Report on the nature of kala-azar
Disease focus: Kala-Azar
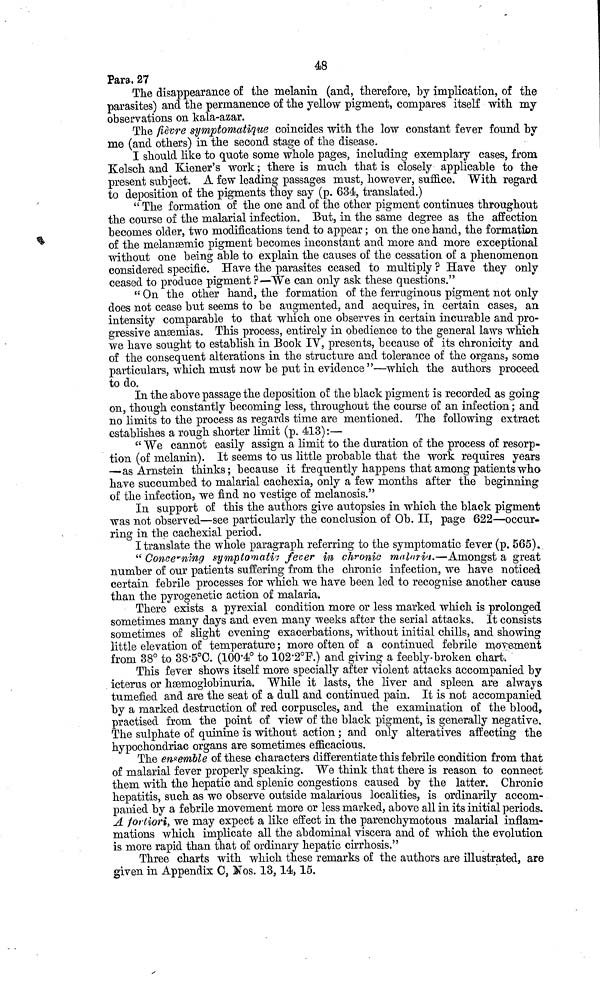
48
Para. 27
The disappearance of the melanin (and, therefore, by implication, of the
parasites) and the permanence of the yellow pigment, compares itself with my
observations on kala-azar.
The fièvre symptomatique coincides with the low constant fever found by
me (and others) in the second stage of the disease.
I should like to quote some whole pages, including exemplary cases, from
Kelsch and Kiener's work ; there is much that is closely applicable to the
present subject. A few leading passages must, however, suffice. With regard
to deposition of the pigments they say (p. 634, translated.)
" The formation of the one and of the other pigment continues throughout
the course of the malarial infection. But, in the same degree as the affection
becomes older, two modifications tend to appear ; 011 the one hand, the formation
of the melanæmic pigment becomes inconstant and more and more exceptional
without one being able to explain the causes of the cessation of a phenomenon
considered specific. Have the parasites ceased to multiply ? Have they only
ceased to produce pigment ?—We can only ask these questions."
"On the other hand, the formation of the ferruginous pigment not only
does not cease but seems to be augmented, and acquires, in certain cases, an
intensity comparable to that which one observes in certain incurable and pro-
gressive anæmias. This process, entirely in obedience to the general laws which
we have sought to establish in Book IV, presents, because of its chronicity and
of the consequent alterations in the structure and tolerance of the organs, some
particulars, which must now be put in evidence "—which the authors proceed
to do.
In the above passage the deposition of the black pigment is recorded as going
on, though constantly becoming less, throughout the course of an infection ; and
no limits to the process as regards time are mentioned. The following extract
establishes a rough shorter limit (p. 413):—
"We cannot easily assign a limit to the duration of the process of résorp-
tion (of melanin). It seems to us little probable that the work requires years
—as Arnstein thinks ; because it frequently happens that among patients who
have succumbed to malarial cachexia, only a few months after the beginning
of the infection, we find no vestige of melanosis."
In support of this the authors give autopsies in which the black pigment
was not observed—see particularly the conclusion of Ob. II, page 622—occur-
ring in the cachexial period.
I translate the whole paragraph referring to the symptomatic fever (p. 565).
"Concerning symptomatic fever in chronic malnr\ill\.—Amongst a great
number of our patients suffering from the chronic infection, we have noticed
certain febrile processes for which we have been led to recognise another cause
than the pyrogenetic action of malaria.
There exists a pyrexial condition more or less marked which is prolonged
sometimes many days and even many weeks after the serial attacks. It consists
sometimes of slight evening exacerbations, without initial chills, and showing
little elevation of temperature ; more often of a continued febrile movement
from 38° to 38.5°C. (100.4° to 102.2°F.) and giving a feebly-broken chart,"
This fever shows itself more specially after violent attacks accompanied by
icterus or hæmoglobinuria. While it lasts, the liver and spleen are always
tumefied and are the seat of a dull and continued pain. It is not accompanied
by a marked destruction of red corpuscles, and the examination of the blood,
practised from the point of view of the black pigment, is generally negative.
The sulphate of quinine is without action ; and only alteratives affecting the
hypochondriac organs are sometimes efficacious.
The ensemble of these characters differentiate this febrile condition from that
of malarial fever properly speaking. We think that there is reason to connect
them with the hepatic and splenic congestions caused by the latter. Chronic
hepatitis, such as we observe outside malarious localities, is ordinarily accom-
panied by a febrile movement more or less marked, above all in its initial periods.
A fortiori, we may expect a like effect in the parenchymotous malarial inflam-
mations which implicate all the abdominal viscera and of which the evolution
is more rapid than that of ordinary hepatic cirrhosis."
Three charts with which these remarks of the authors are illustrated, are
given in Appendix C, Nos. 13, 14, 15.